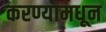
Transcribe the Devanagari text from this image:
करण्यामधून